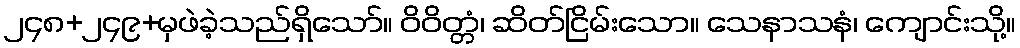
၂၄၈+၂၄၉+မှဖဲခဲ့သည်ရှိသော်။ ဝိဝိတ္တံ၊ ဆိတ်ငြိမ်းသော။ သေနာသနံ၊ ကျောင်းသို့။